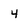
Character: 4